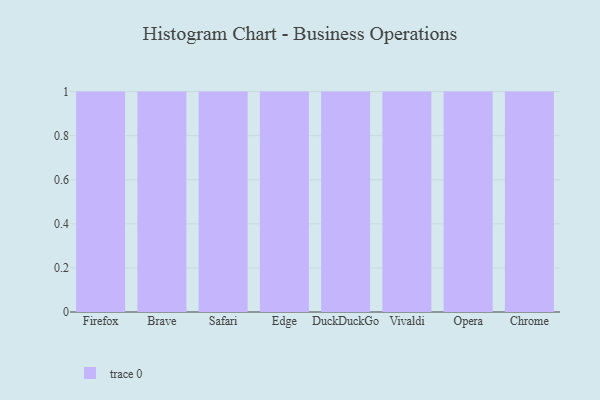
{"axis": {"x": "Browser", "y": "Active Users"}, "legend": [""], "data": [{"x": "Firefox", "y": 36, "type": ""}, {"x": "Brave", "y": 31, "type": ""}, {"x": "Safari", "y": 36, "type": ""}, {"x": "Edge", "y": 12, "type": ""}, {"x": "DuckDuckGo", "y": 52, "type": ""}, {"x": "Vivaldi", "y": 65, "type": ""}, {"x": "Opera", "y": 36, "type": ""}, {"x": "Chrome", "y": 16, "type": ""}]}